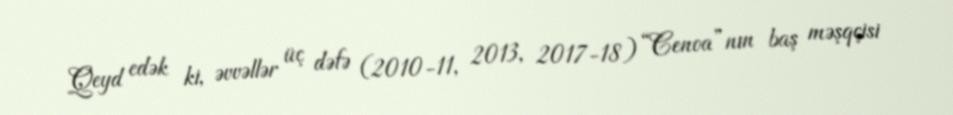
Qeyd edək ki, əvvəllər üç dəfə (2010-11, 2013, 2017-18) “Cenoa”nın baş məşqçisi